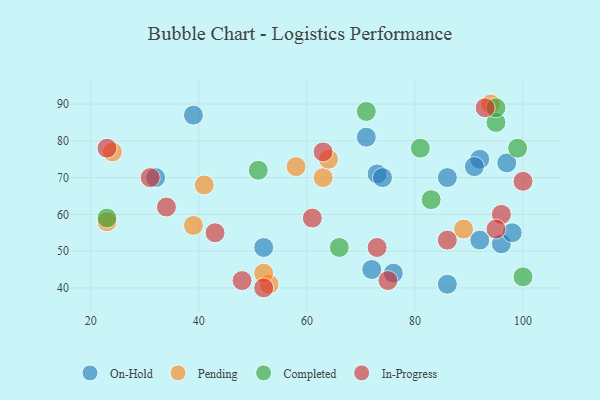
{"axis": {"x": "GDP", "y": "Life Expectancy"}, "legend": ["Completed", "In-Progress", "On-Hold", "Pending"], "data": [{"x": "39", "y": 87, "type": "On-Hold"}, {"x": "32", "y": 70, "type": "On-Hold"}, {"x": "76", "y": 44, "type": "On-Hold"}, {"x": "92", "y": 75, "type": "On-Hold"}, {"x": "86", "y": 41, "type": "On-Hold"}, {"x": "72", "y": 45, "type": "On-Hold"}, {"x": "92", "y": 53, "type": "On-Hold"}, {"x": "91", "y": 73, "type": "On-Hold"}, {"x": "96", "y": 52, "type": "On-Hold"}, {"x": "86", "y": 70, "type": "On-Hold"}, {"x": "52", "y": 51, "type": "On-Hold"}, {"x": "73", "y": 71, "type": "On-Hold"}, {"x": "71", "y": 81, "type": "On-Hold"}, {"x": "74", "y": 70, "type": "On-Hold"}, {"x": "98", "y": 55, "type": "On-Hold"}, {"x": "97", "y": 74, "type": "On-Hold"}, {"x": "94", "y": 90, "type": "Pending"}, {"x": "53", "y": 41, "type": "Pending"}, {"x": "41", "y": 68, "type": "Pending"}, {"x": "39", "y": 57, "type": "Pending"}, {"x": "23", "y": 58, "type": "Pending"}, {"x": "63", "y": 70, "type": "Pending"}, {"x": "89", "y": 56, "type": "Pending"}, {"x": "64", "y": 75, "type": "Pending"}, {"x": "58", "y": 73, "type": "Pending"}, {"x": "52", "y": 44, "type": "Pending"}, {"x": "24", "y": 77, "type": "Pending"}, {"x": "51", "y": 72, "type": "Completed"}, {"x": "23", "y": 59, "type": "Completed"}, {"x": "95", "y": 85, "type": "Completed"}, {"x": "83", "y": 64, "type": "Completed"}, {"x": "81", "y": 78, "type": "Completed"}, {"x": "100", "y": 43, "type": "Completed"}, {"x": "71", "y": 88, "type": "Completed"}, {"x": "95", "y": 89, "type": "Completed"}, {"x": "99", "y": 78, "type": "Completed"}, {"x": "66", "y": 51, "type": "Completed"}, {"x": "73", "y": 51, "type": "In-Progress"}, {"x": "52", "y": 40, "type": "In-Progress"}, {"x": "100", "y": 69, "type": "In-Progress"}, {"x": "31", "y": 70, "type": "In-Progress"}, {"x": "96", "y": 60, "type": "In-Progress"}, {"x": "43", "y": 55, "type": "In-Progress"}, {"x": "75", "y": 42, "type": "In-Progress"}, {"x": "23", "y": 78, "type": "In-Progress"}, {"x": "34", "y": 62, "type": "In-Progress"}, {"x": "63", "y": 77, "type": "In-Progress"}, {"x": "61", "y": 59, "type": "In-Progress"}, {"x": "95", "y": 56, "type": "In-Progress"}, {"x": "86", "y": 53, "type": "In-Progress"}, {"x": "48", "y": 42, "type": "In-Progress"}, {"x": "93", "y": 89, "type": "In-Progress"}]}